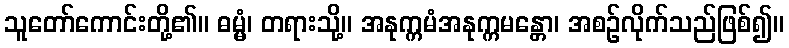
သူတော်ကောင်းတို့၏။ ဓမ္မံ၊ တရားသို့။ အနုက္ကမံအနုက္ကမန္တော၊ အစဉ်လိုက်သည်ဖြစ်၍။